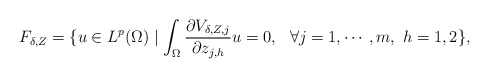
\begin{align*}F_{\delta,Z}=\{u\in L^p(\Omega)\mid \int_{\Omega}\frac{\partial V_{\delta, Z,j}}{\partial z_{j,h}}u=0,\ \ \forall j=1,\cdots,m,\ h=1,2\},\end{align*}